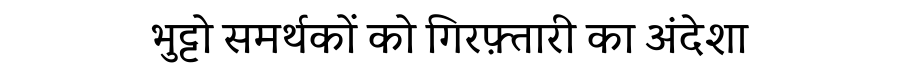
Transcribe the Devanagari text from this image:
भुट्टो समर्थकों को गिरफ़्तारी का अंदेशा